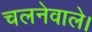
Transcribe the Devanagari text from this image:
चलनेवाले।